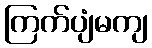
ကြက်ပျံမကျ